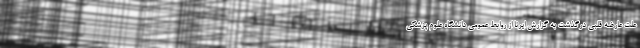
علت عارضه قلبی درگذشت به گزارش ایرنا از روابط عمومی دانشگاه علوم پزشکی